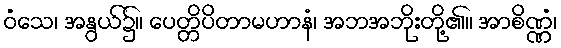
ဝံသေ၊ အနွယ်၌။ ပေတ္တိပိတာမဟာနံ၊ အဘအဘိုးတို့၏။ အာစိဏ္ဏံ၊